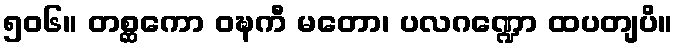
၅၀၆။ တစ္ဆကော ဝဍ္ဎကီ မတော၊ ပလဂဏ္ဍော ထပတျပိ။